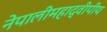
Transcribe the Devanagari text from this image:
नेपालीमहाद्वीपीय